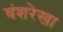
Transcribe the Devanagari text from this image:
वंशरेखा